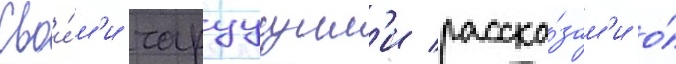
Свои́м'и чаруущим'и расска́зам'и о́